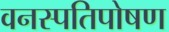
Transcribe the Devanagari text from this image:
वनस्पतिपोषण